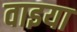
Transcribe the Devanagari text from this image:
वाइया